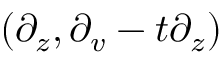
( \partial _ { z } , \partial _ { v } - t \partial _ { z } )